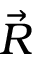
\vec { R }